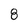
Character: 8